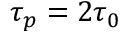
\tau _ { p } = 2 \tau _ { 0 }